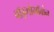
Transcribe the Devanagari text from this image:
बाॅड़्गोभाॅबोन